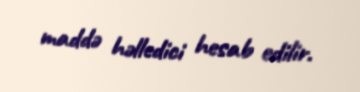
maddə həlledici hesab edilir.